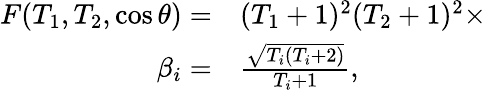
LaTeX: \begin{array}{rl}{F(T_{1},T_{2},\cos{\theta})=}&{{}(T_{1}+1)^{2}(T_{2}+1)^{2}\times}\\ {\beta_{i}=}&{{}\frac{\sqrt{T_{i}(T_{i}+2)}}{T_{i}+1},}\end{array}